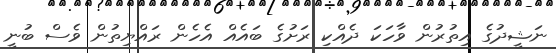
ނަޝީދުގެ އިތުރުން ވާހަކަ ދެއްކި ރަށުގެ ބައެއް އެހެން ރައްޔިތުން ވެސް ބުނީ